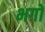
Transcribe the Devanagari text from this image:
भगों